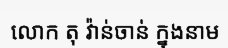
លោក តុ វ៉ាន់ចាន់ ក្នុងនាម